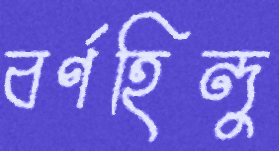
বর্ণহিন্দু